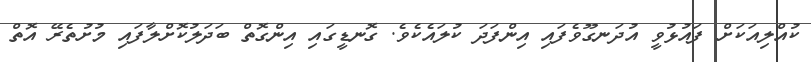
ކުއްލިއަކަށް ފައުޅުވީ އުދަނގޫވެފައި އިންފަދަ ކުލައެކެވެ. ގޮނޑީގައި އިންގޮތް ބަދަލުކޮށްލާފައި މުށުތެރޭ އޮތް